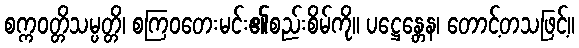
စက္ကဝတ္တိသမ္ပတ္တိ၊ စကြဝတေးမင်း၏စည်းစိမ်ကို။ ပဋ္ဌေန္တေန၊ တောင့်တသဖြင့်။